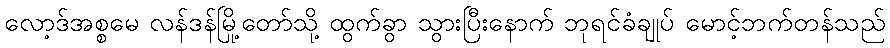
လော့ဒ်အစ္စမေ လန်ဒန်မြို့တော်သို့ ထွက်ခွာ သွားပြီးနောက် ဘုရင်ခံချုပ် မောင့်ဘက်တန်သည်